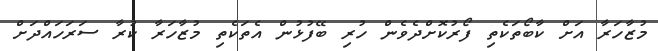
މުޒާހަރާ އަށް ކާބޯތަކެތި ފޯރުކޮށްދެވެން ހުރި ބޭފުޅުން އެތަކެތި މުޒާހަރާ ކުރާ ސަރަހައްދަށް